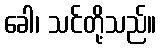
ခေါ၊ သင်တို့သည်။